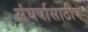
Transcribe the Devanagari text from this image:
संघर्षासाठीष